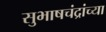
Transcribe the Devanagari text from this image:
सुभाषचंद्रांच्या